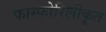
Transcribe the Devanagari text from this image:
फास्फोरिलीकृत